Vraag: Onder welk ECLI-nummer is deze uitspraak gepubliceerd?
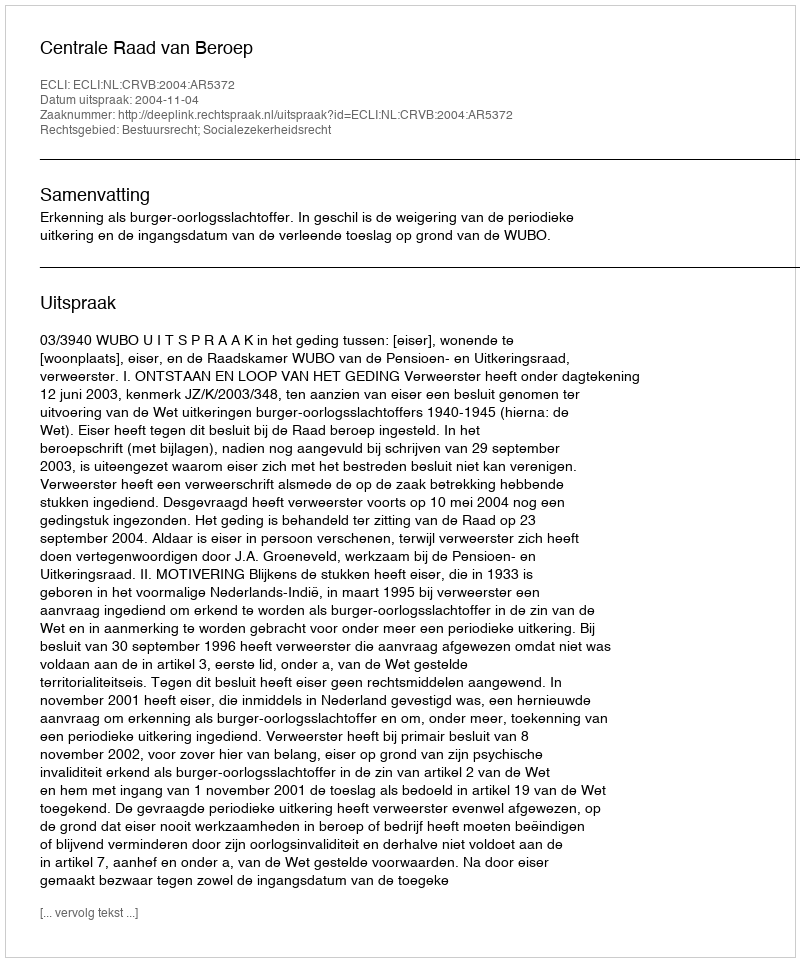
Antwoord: ECLI:NL:CRVB:2004:AR5372